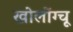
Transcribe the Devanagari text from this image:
खोलोंग्चू